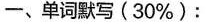
一、单词默写(30%)：